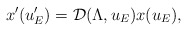
\begin{align*}x'(u_E') = \mathcal{D}(\Lambda, u_E) x(u_E),\end{align*}